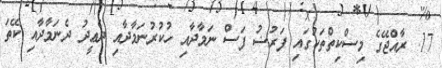
17. ރާއްޖޭގެ މިސްކިތްތަކުގައި ފަރުޟު ފަސް ނަމާދާއި ހުކުރުނަމާދާއި ދެޢީދު ދެނަމާދާއި ކޭތަ